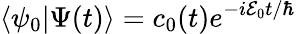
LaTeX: \langle\psi_{0}|\Psi(t)\rangle=c_{0}(t)e^{-i\mathcal{E}_{0}t/\hbar}